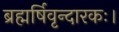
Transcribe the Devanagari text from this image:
ब्रह्मर्षिवृन्दारकः।